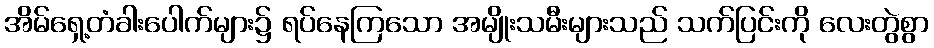
အိမ်ရှေ့တံခါးပေါက်များ၌ ရပ်နေကြသော အမျိုးသမီးများသည် သက်ပြင်းကို လေးတွဲစွာ